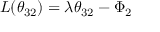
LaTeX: { \cal L } ( \theta _ { 3 2 } ) = \lambda \theta _ { 3 2 } - \Phi _ { 2 }